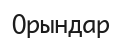
Орындар